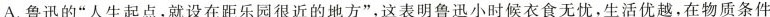
A.鲁迅的“人生起点,就设在距乐园很近的地方”,这表明鲁迅小时候衣食无忧,生活优越,在物质条件